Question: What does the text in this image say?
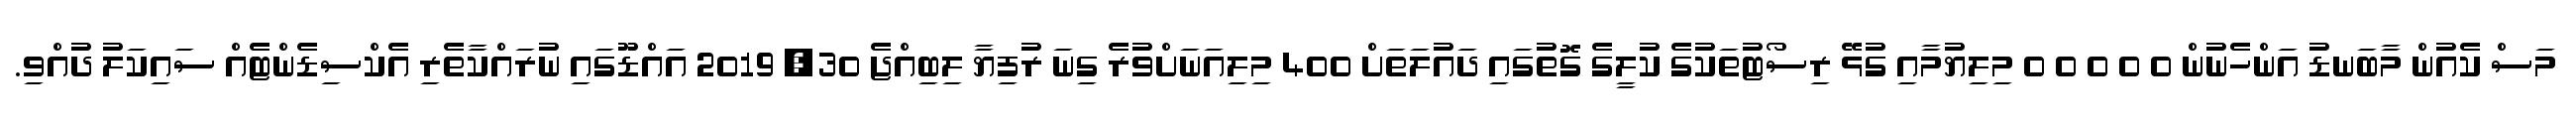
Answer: މަސް ކެއުން މާބަނޑު އަންހެނުން 0 0 0 0 0 މިލިޔުމާއި ގުޅޭ ރިސޯޓުތަކުގެ ކުލީގެ ގޮތުގައި ދައުލަތަށް 400 މިލިއަނަށްވުރެ ގިނަ ރުފިޔާ ލިބިއްޖެ 30, 2019 އައްޑޫގައި ނުރައްކާތެރި އެކްސިޑެންޓެއް ސައިކަލު ދުއްވި.